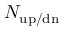
N _ { \mathrm { u p / d n } }